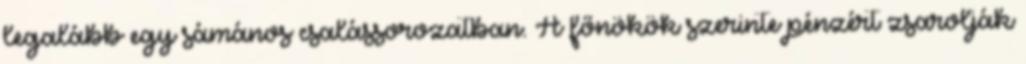
legalább egy sámános csalássorozatban. A főnökök szerinte pénzért zsarolják